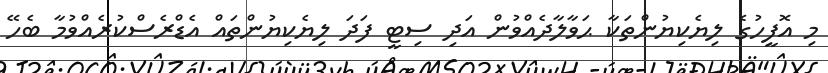
މި އޮފީހުގެ ލިޔެކިޔުންތަކާ ޙަވާލާދެއްވުން އަދި ސިޓީ ފަދަ ލިޔެކިޔުންތައް އެޑްރެސްކުރެއްވުމާ ބެހޭ